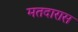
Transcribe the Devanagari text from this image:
मतदारास